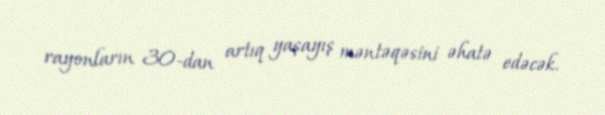
rayonların 30-dan artıq yaşayış məntəqəsini əhatə edəcək.